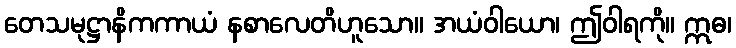
တေသမုဋ္ဌာနိကကာယံ နစာလေတိဟူသော။ အယံဝါယော၊ ဤဝါရကို။ ဣဓ၊